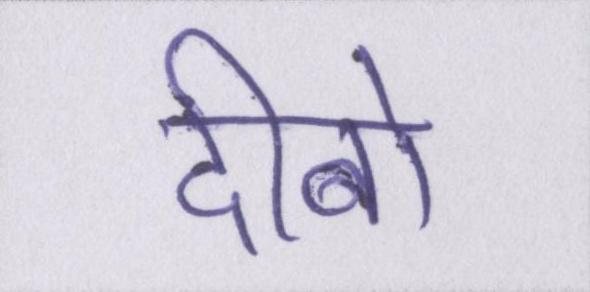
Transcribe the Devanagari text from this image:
दीबो